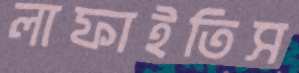
লাফাইতিস